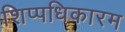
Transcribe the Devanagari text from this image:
शिप्पधिकारम